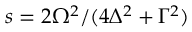
s = { 2 \Omega ^ { 2 } } / ( { 4 \Delta ^ { 2 } + \Gamma ^ { 2 } } )